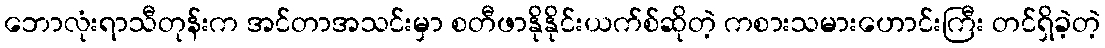
ဘောလုံးရာသီတုန်းက အင်တာအသင်းမှာ စတီဖာနိုနိုင်းယက်စ်ဆိုတဲ့ ကစားသမားဟောင်းကြီး တင်ရှိခဲ့တဲ့